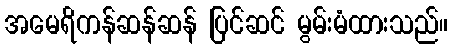
အမေရိကန်ဆန်ဆန် ပြင်ဆင် မွမ်းမံထားသည်။